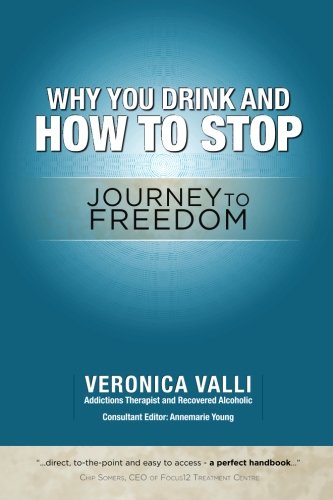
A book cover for Why You Drink and How to Stop: A Journey to Freedom; Veronica Valli; Health, Fitness & Dieting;